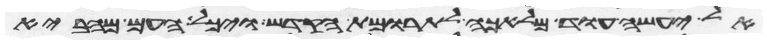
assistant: אל יעשה עוד מלאכה לתרומת הקדש ויכל העם מהביא